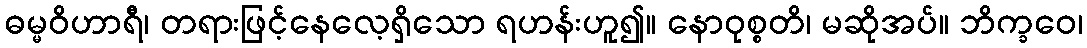
ဓမ္မဝိဟာရီ၊ တရားဖြင့်နေလေ့ရှိသော ရဟန်းဟူ၍။ နောဝုစ္စတိ၊ မဆိုအပ်။ ဘိက္ခဝေ၊